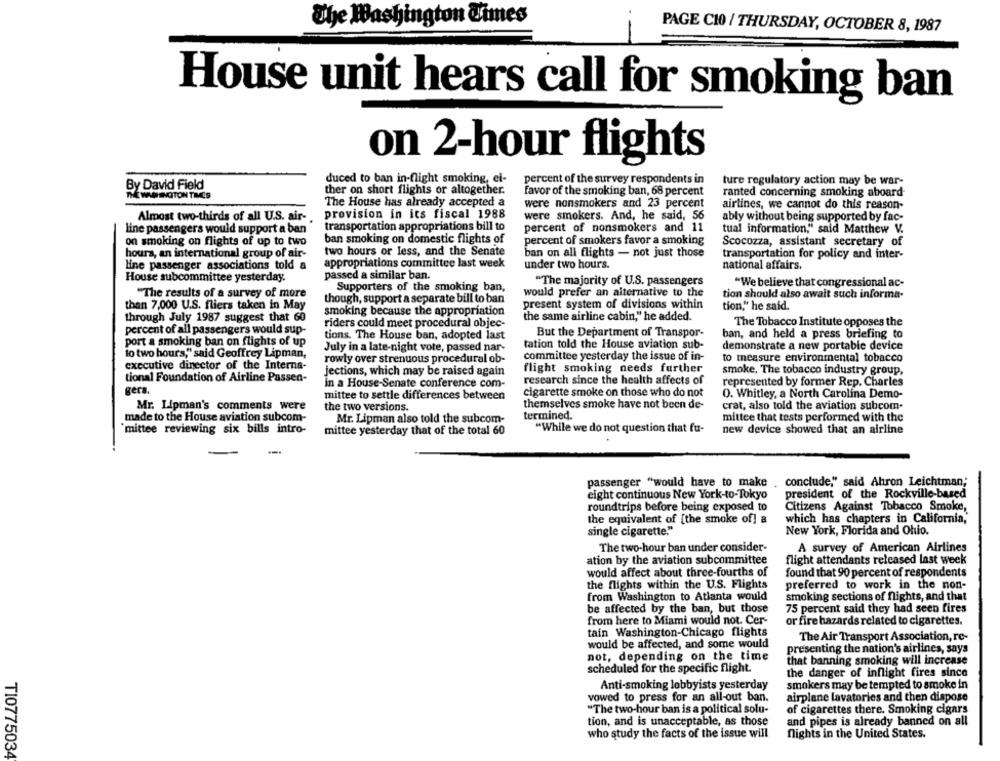
The Washington Times
PAGE CIO / THURSDAY, OCTOBER 8, 1987
House unit hears call for smoking ban
on 2-hour flights
duced to ban in-flight smoking, el-
percent of the survey respondents in
ture regulatory action may be war-
By David Field
ther on short flights or altogether.
THE WASHINGTON TIMES
favor of the smoking ban, 68 percent
ranted concerning smoking aboard
The House has already accepted a
were nonsmokers and 23 percent
airlines, we cannot do this reason-
provision in its fiscal 1988
Almost two-thirds of all U.S. air-
were smokers. And, he said, 56
ably without being supported by fac-
transportation appropriations bill to
percent of nonsmokers and 11
line passengers would support a ban
tual information," said Matthew V.
on smoking on flights of up to two
ban smoking on domestic flights of
percent of smokers favor a smoking
Scocozza, assistant secretary of
two hours or less, and the Senate
hours, an international group of air-
ban on all flights - not just those
transportation for policy and inter-
line passenger associations told a
appropriations committee last week
under two hours.
national affairs.
passed a similar ban.
House subcommittee yesterday.
"The majority of U.S. passengers
Supporters of the smoking ban,
"We believe that congressional ac-
"The results of a survey of more
would prefer an alternative to the
tion should also await such informa-
though, support a separate bill to ban
present system of divisions within
than 7,000 U.S. fliers taken in May
smoking because the appropriation
tion," he said.
through July 1987 suggest that 60
the same airline cabin," he added.
riders could meet procedural objec-
The Tobacco Institute opposes the
percent of all passengers would sup-
tions. The House ban, adopted last
But the Department of Transpor-
ban, and held a press briefing to
port a smoking ban on flights of up
July in a late-night vote, passed nar-
tation told the House aviation sub-
demonstrate a new portable device
to two hours," said Geoffrey Lipman,
rowly over strenuous procedural ob-
committee yesterday the issue of in-
to measure environmental tobacco
executive dinector of the Interna-
jections, which may be raised again
flight smoking needs further
smoke, The tobacco industry group,
tional Foundation of Airline Passen-
research since the health affects of
in a House-Senate conference com-
represented by former Rep. Charles
gera.
mittee to settle differences between
cigarette smoke on those who do not
O. Whitley, a North Carolina Demo-
themselves smoke have not been de-
Mr. Lipman's comments were
the two versions.
crat, also told the aviation subcom-
made to the House aviation subcom-
Mr. Lipman also told the subcom-
termined.
mittee that tests performed with the
mittee reviewing six bills intro-
mittee yesterday that of the total 60
"While we do not question that fu-
new device showed that an airline
passenger "would have to make
conclude," said Ahron Leichtman;
eight continuous New York-to-Tokyo
president of the Rockville-based
roundtrips before being exposed to
Citizens Against Tobacco Smoke,
the equivalent of [the smoke of] a
which has chapters in California,
single cigarette."
New York, Florida and Ohio.
The two-hour ban under consider-
A survey of American Airlines
ation by the aviation subcommittee
flight attendants released last week
would affect about three-fourths of
found that 90 percent of respondents
the flights within the U.S. Flights
preferred to work in the non-
from Washington to Atlanta would
smoking sections of flights, and that
be affected by the ban, but those
75 percent said they had seen fires
from here to Miami would not. Cer-
or fire hazards related to cigarettes.
tain Washington-Chicago flights
The Air Transport Association, re-
would be affected, and some would
presenting the nation's airlines, says
not, depending on the time
that banning smoking will increase
scheduled for the specific flight.
the danger of inflight fires since
Anti-smoking lobbyists yesterday
smokers may be tempted to smoke in
vowed to press for an all-out ban.
airplane lavatories and then dispose
"The two-hour ban is a political solu-
of cigarettes there. Smoking cigars
tion, and is unacceptable, as those
and pipes is already banned on all
who study the facts of the issue will
nights in the United States.
TI0775034